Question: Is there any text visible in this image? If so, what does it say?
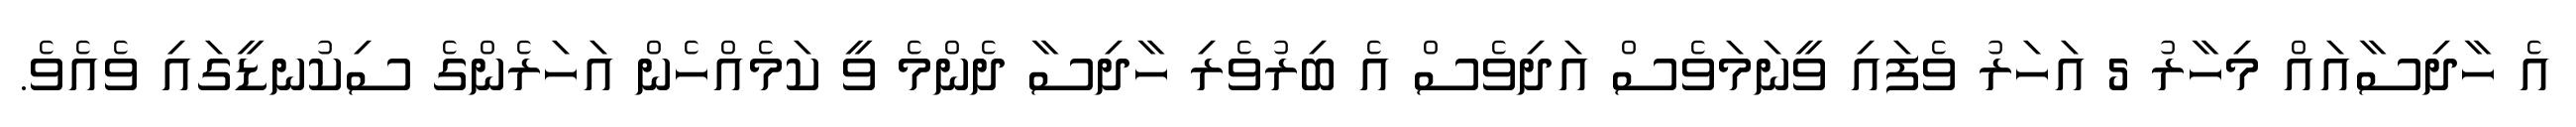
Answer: އެ ހާދިސާއައް މިހާރު 5 އަހަރު ވެފައި ވީނަމަވެސް އަދިވެސް އެ ބިރުވެރި ހާދިސާ ދެންމެ ވީ ކަމެއްހެން އަހަރެންގެ ސިކުނޑީގައި ވެއެވެ.